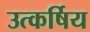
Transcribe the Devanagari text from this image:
उत्कर्षिय